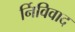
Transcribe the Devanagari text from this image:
र्निविवाद